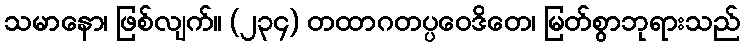
သမာနော၊ ဖြစ်လျက်။ (၂၃၄) တထာဂတပ္ပဝေဒိတေ၊ မြတ်စွာဘုရားသည်